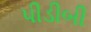
પીડીબી